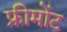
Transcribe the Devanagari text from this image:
फ्रीमोंट